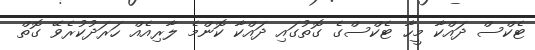
ޓެކްސް ދައްކާ މީހާ ޓެކްސްގެ ގޮތުގައި ދައްކާ ކޮންމެ ލާރިއެއް ހަރަދުކުރެވޭ ގޮތް